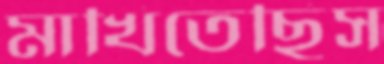
মাখিতেছিস